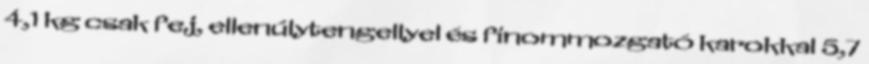
4,1 kg csak fej, ellenúlytengellyel és finommozgató karokkal 5,7